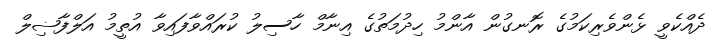
ދެއްކެވީ ޅެންވެރިކަމުގެ ރޮނގުން އާންމު ހިދުމަތުގެ އިނާމް ހާސިލު ކުރައްވާފައިވާ އުތީމު އަލްފާޟިލް